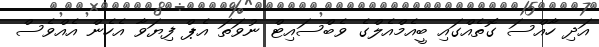
އަދި ހާއްސަ ގޮތެއްގައި ބީއެމްއެލްގެ ވެބްސައިޓް ނުވަތަ އެޕް ފިޔަވާ އެހެން އެއްވެސް